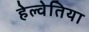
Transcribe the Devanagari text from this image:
हेल्वेतिया